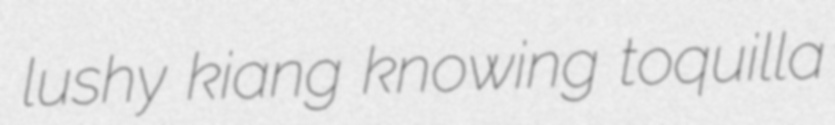
lushy kiang knowing toquilla